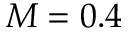
M = 0 . 4